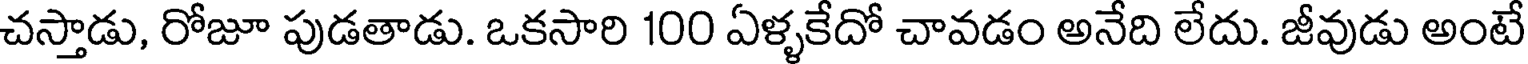
చస్తాడు, రోజూ పుడతాడు. ఒకసారి 100 ఏళ్ళకేదో చావడం అనేది లేదు. జీవుడు అంటే